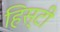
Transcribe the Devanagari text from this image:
हिस्टी